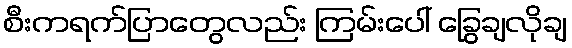
စီးကရက်ပြာတွေလည်း ကြမ်းပေါ် ခြွေချလိုချ